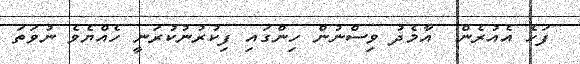
ފަހެ އެއުރެން  އާމެދު ވިސްނުން ހިންގައި ފިކުރުނުކުރަނީ ހެއްޔެވެ ނުވަތަ